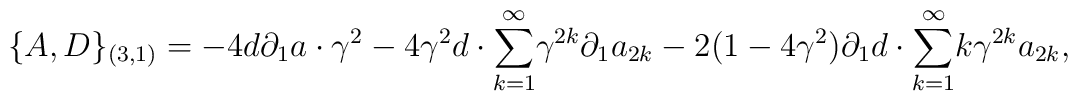
\{A,D\}_{(3,1)}=-4d{\partial}_{1}a \cdot{\gamma}^{2}-4{\gamma}^{2}d \cdot {\sum_{k=1}^{\infty}}{\gamma}^{2k}{\partial}_{1} a_{2k}-2(1-4{\gamma}^{2}) {\partial}_{1} d \cdot {\sum_{k=1}^{\infty}} k{\gamma}^{2k}a_{2k},